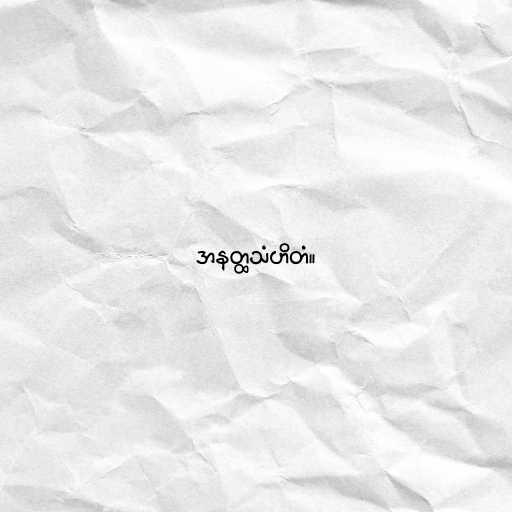
အနတ္ထသံဟိတံ။